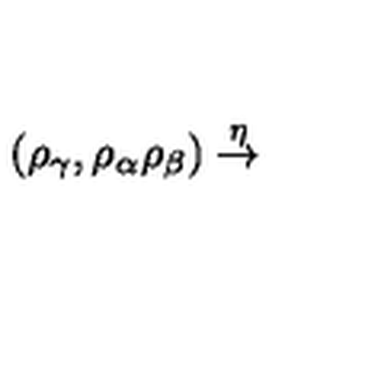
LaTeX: ( \rho _ { \gamma } , \rho _ { \alpha } \rho _ { \beta } ) \stackrel { \eta } { \rightarrow }